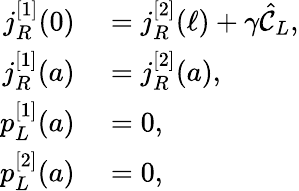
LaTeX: \begin{array}{rl}{j_{R}^{[1]}(0)}&{{}=j_{R}^{[2]}(\ell)+\gamma\hat{\mathcal{C}}_{L},}\\ {j_{R}^{[1]}(a)}&{{}=j_{R}^{[2]}(a),}\\ {p_{L}^{[1]}(a)}&{{}=0,}\\ {p_{L}^{[2]}(a)}&{{}=0,}\end{array}